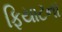
ફિયાટના